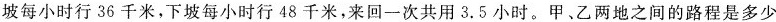
5.从甲地到乙地，前一段是上坡路，后一段是下坡路。一辆汽车从甲地出发往返于甲、乙两地，已知上